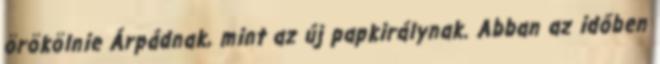
örökölnie Árpádnak, mint az új papkirálynak. Abban az időben